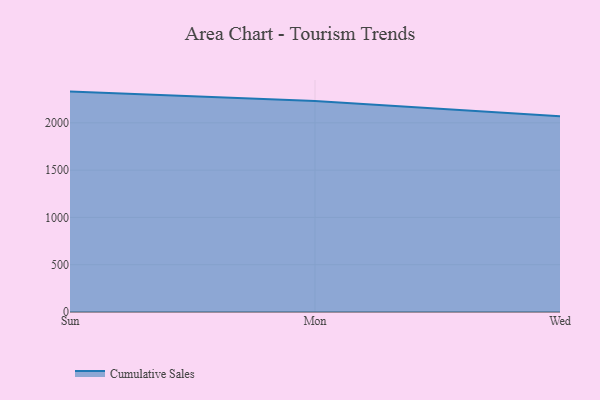
{"axis": {"x": "Day", "y": "Backlog"}, "legend": ["Cumulative Sales"], "data": [{"x": "Sun", "y": 2330.4, "type": "Cumulative Sales"}, {"x": "Mon", "y": 2230.5, "type": "Cumulative Sales"}, {"x": "Wed", "y": 2070.9, "type": "Cumulative Sales"}]}